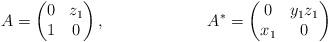
LaTeX: \begin{align*} A &= \begin{pmatrix} 0 & z_1 \\ 1 & 0 \end{pmatrix},& A^* &= \begin{pmatrix} 0 & y_1 z_1 \\ x_1 & 0 \end{pmatrix}\end{align*}